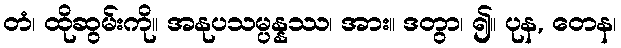
တံ၊ ထိုဆွမ်းကို။ အနုပသမ္ပန္နဿ၊ အား။ ဒတွာ၊ ၍။ ပုန, တေန၊